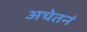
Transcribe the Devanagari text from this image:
अचेतनं